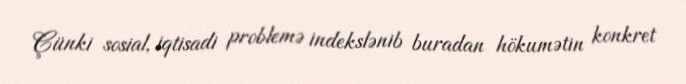
Çünki sosial, iqtisadi problemə indekslənib buradan hökumətin konkret